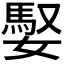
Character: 𪦠